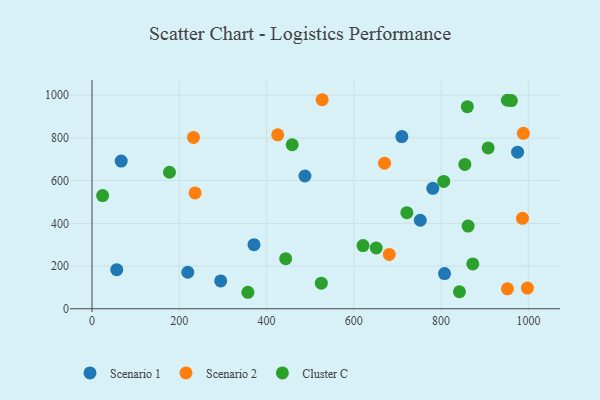
{"axis": {"x": "Experience", "y": "Fuel Efficiency"}, "legend": ["Cluster C", "Scenario 1", "Scenario 2"], "data": [{"x": "294.9", "y": 130.4, "type": "Scenario 1"}, {"x": "710.0", "y": 806.4, "type": "Scenario 1"}, {"x": "752.3", "y": 414.7, "type": "Scenario 1"}, {"x": "66.9", "y": 691.7, "type": "Scenario 1"}, {"x": "219.5", "y": 170.9, "type": "Scenario 1"}, {"x": "371.2", "y": 300.0, "type": "Scenario 1"}, {"x": "56.7", "y": 182.9, "type": "Scenario 1"}, {"x": "807.8", "y": 164.8, "type": "Scenario 1"}, {"x": "487.9", "y": 622.0, "type": "Scenario 1"}, {"x": "781.0", "y": 564.2, "type": "Scenario 1"}, {"x": "975.3", "y": 733.3, "type": "Scenario 1"}, {"x": "527.4", "y": 979.2, "type": "Scenario 2"}, {"x": "952.0", "y": 93.2, "type": "Scenario 2"}, {"x": "988.6", "y": 821.9, "type": "Scenario 2"}, {"x": "425.5", "y": 814.7, "type": "Scenario 2"}, {"x": "986.5", "y": 423.7, "type": "Scenario 2"}, {"x": "236.2", "y": 542.5, "type": "Scenario 2"}, {"x": "681.2", "y": 254.7, "type": "Scenario 2"}, {"x": "670.4", "y": 681.9, "type": "Scenario 2"}, {"x": "232.5", "y": 802.5, "type": "Scenario 2"}, {"x": "997.7", "y": 96.8, "type": "Scenario 2"}, {"x": "806.0", "y": 596.5, "type": "Cluster C"}, {"x": "872.6", "y": 209.8, "type": "Cluster C"}, {"x": "860.1", "y": 946.7, "type": "Cluster C"}, {"x": "854.4", "y": 676.3, "type": "Cluster C"}, {"x": "842.0", "y": 79.6, "type": "Cluster C"}, {"x": "621.0", "y": 295.9, "type": "Cluster C"}, {"x": "721.5", "y": 450.1, "type": "Cluster C"}, {"x": "651.3", "y": 284.6, "type": "Cluster C"}, {"x": "24.3", "y": 530.2, "type": "Cluster C"}, {"x": "907.8", "y": 753.4, "type": "Cluster C"}, {"x": "961.0", "y": 975.2, "type": "Cluster C"}, {"x": "861.9", "y": 387.2, "type": "Cluster C"}, {"x": "443.8", "y": 234.7, "type": "Cluster C"}, {"x": "525.5", "y": 119.7, "type": "Cluster C"}, {"x": "951.8", "y": 976.7, "type": "Cluster C"}, {"x": "177.5", "y": 639.4, "type": "Cluster C"}, {"x": "357.2", "y": 77.2, "type": "Cluster C"}, {"x": "458.7", "y": 768.2, "type": "Cluster C"}]}